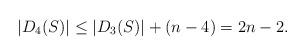
LaTeX: \begin{align*}|D_4(S)| \leq |D_3(S)| + (n-4) = 2n-2.\end{align*}